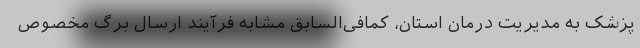
پزشک به مدیریت درمان استان، کمافی‌السابق مشابه فرآیند ارسال برگ مخصوص